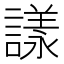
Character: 𧫛